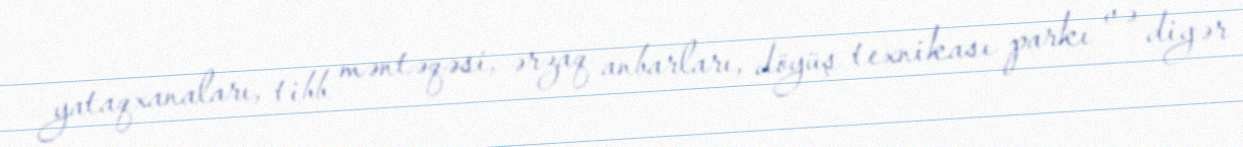
yataqxanaları, tibb məntəqəsi, ərzaq anbarları, döyüş texnikası parkı və digər